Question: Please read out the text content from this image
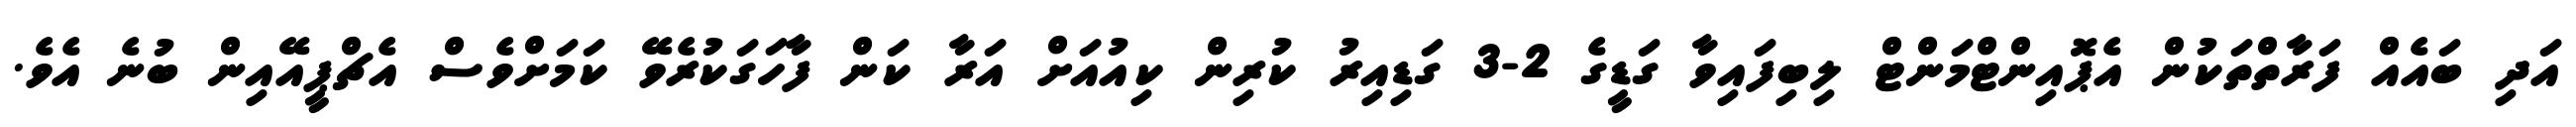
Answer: އަދި ބައެއް ފަރާތްތަކުން އެޕޮއިންޓްމަންޓް ލިބިފައިވާ ގަޑީގެ 2-3 ގަޑިއިރު ކުރިން ކިއުއަށް އަރާ ކަން ފާހަގަކުރެވޭ ކަމަށްވެސް އެޗްޕީއޭއިން ބުނެ އެވެ.